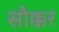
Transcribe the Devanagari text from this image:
सौक्कर